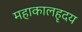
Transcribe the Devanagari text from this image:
महाकालहृदय